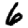
Digit: 6